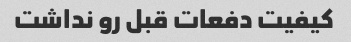
کیفیت دفعات قبل رو نداشت